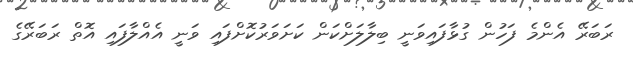
ރަބަރޭ އެންމެ ފަހުން ގުޅާފައިވަނީ ބިލާލަށްކަން ކަށަވަރުކޮށްފައި ވަނީ އެއްލާފައި އޮތް ރަބަރޭގެ